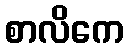
စာလိကေ